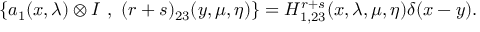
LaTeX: \{ a _ { 1 } ( x , \lambda ) \otimes I ~ , ~ ( r + s ) _ { 2 3 } ( y , \mu , \eta ) \} = H _ { 1 , 2 3 } ^ { r + s } ( x , \lambda , \mu , \eta ) \delta ( x - y ) .